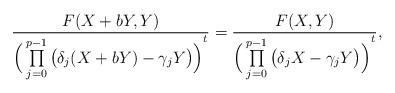
LaTeX: \begin{align*}\frac{F(X+bY,Y)}{{\Big(\prod\limits_{j=0}^{p-1}{\big(\delta_j(X + bY)-\gamma_j Y\big)}\Big)}^{t}} = \frac{F(X,Y)}{{\Big(\prod\limits_{j=0}^{p-1}{\big(\delta_jX-\gamma_jY\big)}\Big)}^{t}},\end{align*}